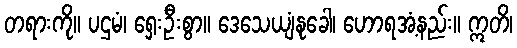
တရားကို။ ပဌမံ၊ ရှေးဦးစွာ။ ဒေသေယျံနုခေါ၊ ဟောရအံ့နည်း။ ဣတိ၊